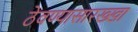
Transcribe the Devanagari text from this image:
ठेवण्यासारख्खा